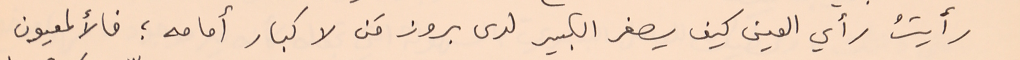
رأيتُ رأي العين كيف يصغر الكبير لدى بروز مَن لا كبار أمامه ؛ فالألمعيون